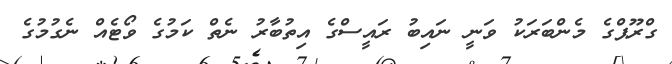
ގްރޫޕްގެ މެންބަރަކު ވަނީ ނައިބު ރައީސްގެ އިތުބާރު ނެތް ކަމުގެ ވޯޓެއް ނެގުމުގެ